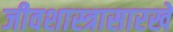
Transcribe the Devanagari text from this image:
जीवशास्त्रासारखे